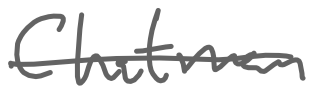
Text: Chatman
Cross-out: single-line
Writing tool: digital_gray